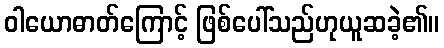
ဝါယောဓာတ်ကြောင့် ဖြစ်ပေါ်သည်ဟုယူဆခဲ့၏။